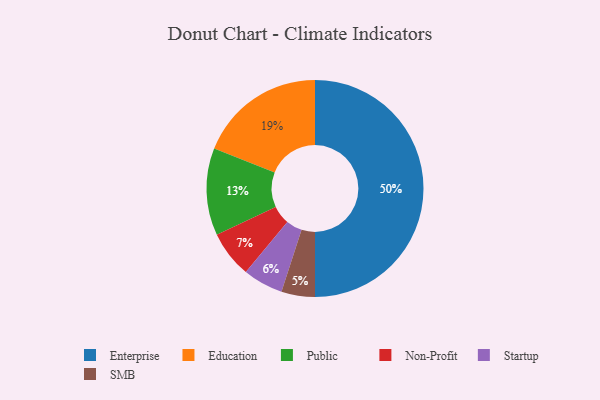
{"axis": {"x": "Category", "y": "Percentage"}, "legend": ["Education", "Enterprise", "Non-Profit", "Public", "SMB", "Startup"], "data": [{"x": "Education", "y": 19, "type": "Education"}, {"x": "SMB", "y": 5, "type": "SMB"}, {"x": "Startup", "y": 6, "type": "Startup"}, {"x": "Public", "y": 13, "type": "Public"}, {"x": "Enterprise", "y": 50, "type": "Enterprise"}, {"x": "Non-Profit", "y": 7, "type": "Non-Profit"}]}